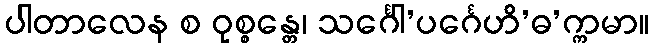
ပါတာလေန စ ဝုစ္စန္တေ၊ သင်္ဂေါ’ပင်္ဂေဟိ’ဓ’က္ကမာ။